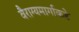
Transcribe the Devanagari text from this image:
वैराग्यमार्गाकडे